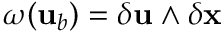
\omega ( { \mathbf { u } } _ { b } ) = \delta { \mathbf { u } } \wedge \delta { \mathbf { x } } \,